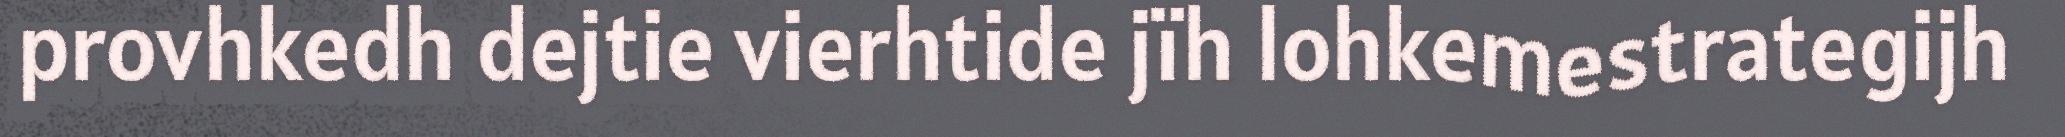
provhkedh dejtie vierhtide jïh lohkemestrategijh